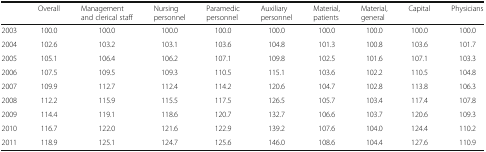
|  | Overall | Management and clerical staff | Nursing personnel | Paramedic personnel | Auxiliary personnel | Material, patients | Material, general | Capital | Physicians |
 | --- | --- | --- | --- | --- | --- | --- | --- | --- | --- |
 | 2003 | 100.0 | 100.0 | 100.0 | 100.0 | 100.0 | 100.0 | 100.0 | 100.0 | 100.0 |
 | 2004 | 102.6 | 103.2 | 103.1 | 103.6 | 104.8 | 101.3 | 100.8 | 103.6 | 101.7 |
 | 2005 | 105.1 | 106.4 | 106.2 | 107.1 | 109.8 | 102.5 | 101.6 | 107.1 | 103.3 |
 | 2006 | 107.5 | 109.5 | 109.3 | 110.5 | 115.1 | 103.6 | 102.2 | 110.5 | 104.8 |
 | 2007 | 109.9 | 112.7 | 112.4 | 114.2 | 120.6 | 104.7 | 102.8 | 113.8 | 106.3 |
 | 2008 | 112.2 | 115.9 | 115.5 | 117.5 | 126.5 | 105.7 | 103.4 | 117.4 | 107.8 |
 | 2009 | 114.4 | 119.1 | 118.6 | 120.7 | 132.7 | 106.6 | 103.7 | 120.6 | 109.3 |
 | 2010 | 116.7 | 122.0 | 121.6 | 122.9 | 139.2 | 107.6 | 104.0 | 124.4 | 110.2 |
 | 2011 | 118.9 | 125.1 | 124.7 | 125.6 | 146.0 | 108.6 | 104.4 | 127.6 | 110.9 |